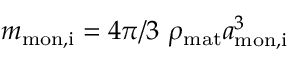
{ m _ { \mathrm { m o n , i } } = 4 \pi / 3 \ \rho _ { \mathrm { m a t } } a _ { \mathrm { m o n , i } } ^ { 3 } }